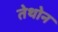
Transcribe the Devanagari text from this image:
तेथोन